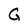
Character: G